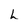
Character: L